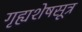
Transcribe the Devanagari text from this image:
गृह्यशेषसूत्र